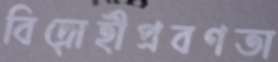
বিদ্রোহীপ্রবণতা